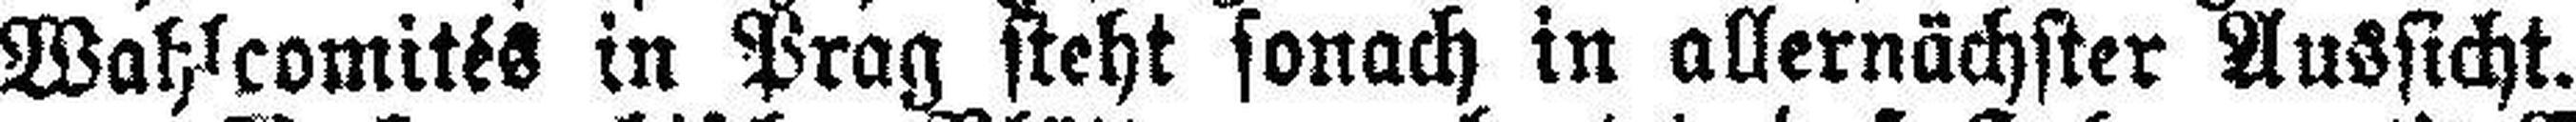
Wahlcomités in Prag steht sonach in allernächster Aussicht.